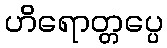
ဟိရောတ္တပ္ပေ